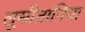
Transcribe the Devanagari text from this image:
लूसीतानिया